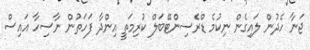
ޖަނާ ހެދުން ލައިގެން ނިކުމެ ޑްރެސިންޓޭބަލް ކުރިމަތީ އިންދާ ފަހަތުން ނާސިހާ އައިސް